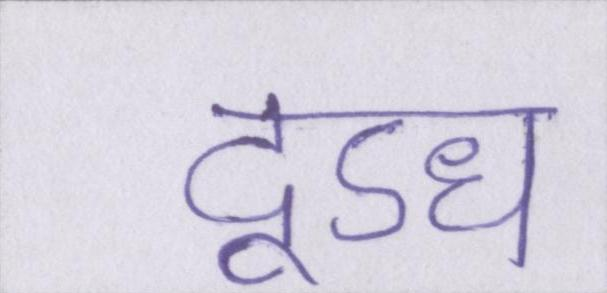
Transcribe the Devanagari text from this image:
दूऽध